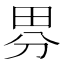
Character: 𭻃